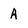
Character: A